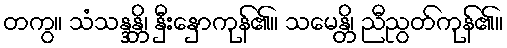
တကွ။ သံသန္ဒန္တိ၊ နှီးနှောကုန်၏။ သမေန္တိ၊ ညီညွတ်ကုန်၏။